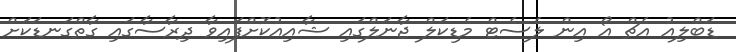
ޑަބްލިއު އެޗް އޯ އިން ލެސެޓް މެޑިކަލް ޖާނަލްގައި ޝާއިއުކޮށްފައިވާ ދިރާސާގައި ގާތްގަނޑަކަށް